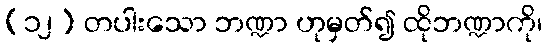
(၁၂) တပါးသော ဘဏ္ဍာ ဟုမှတ်၍ ထိုဘဏ္ဍာကို၊